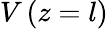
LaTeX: V\left(z=l\right)